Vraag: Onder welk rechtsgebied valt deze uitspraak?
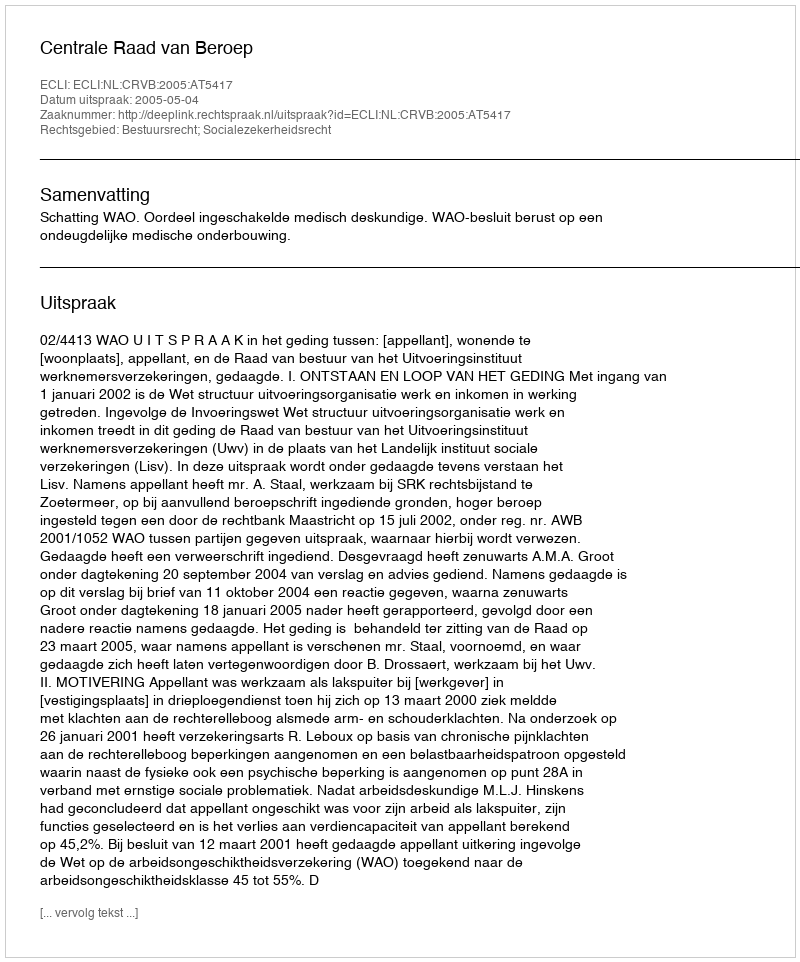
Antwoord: Bestuursrecht; Socialezekerheidsrecht